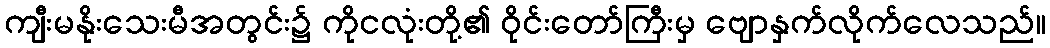
ကျီးမနိုးသေးမီအတွင်း၌ ကိုငလုံးတို့၏ ဝိုင်းတော်ကြီးမှ ဗျောနှက်လိုက်လေသည်။